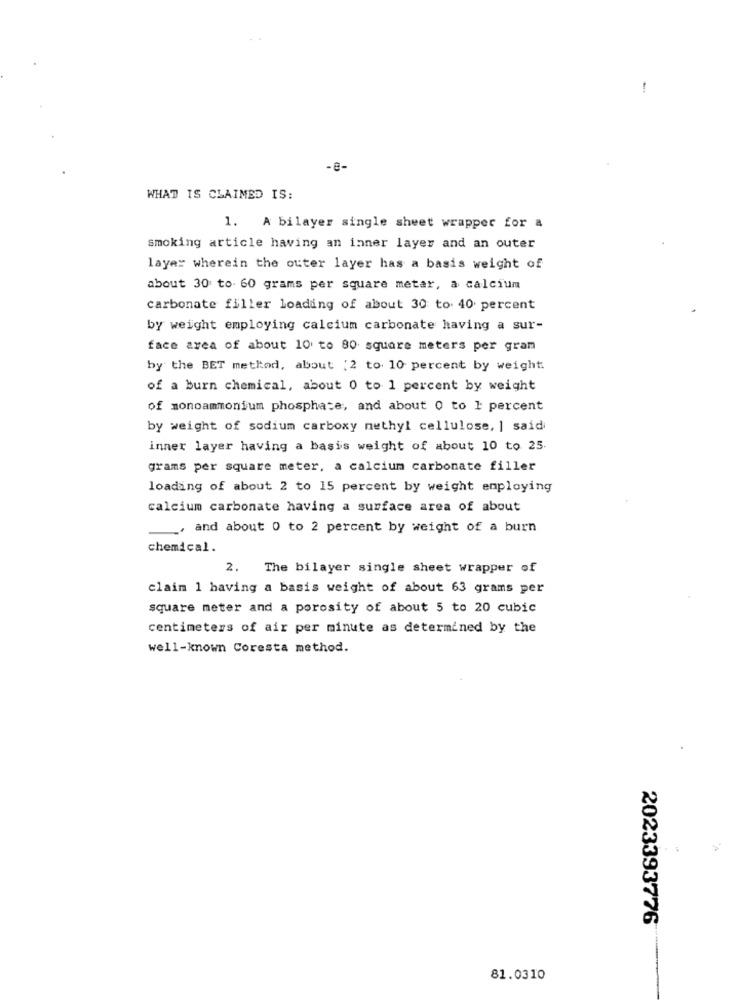
-
- 8-
WHAT IS CLAIMED IS:
1. A bilayer single sheet wrapper for a
smoking article having an inner layer and an outer
layer wherein the outer layer has a basis weight of
about 30 to. 60 grams per square metar, a calcium
carbonate filler loading of about 30 to. 40 percent
by weight employing calcium carbonate having a sur-
face area of about 10 to 80 square meters per gram
by the BET method, about :2 to 10 percent by weight.
of a burn chemical, about 0 to 1 percent by weight
of monoammonium phosphate, and about 0 to 1 percent
by weight of sodium carboxy methyl cellulose, | said
inner layer having a basis weight of about 10 to 25.
grams per square meter, a calcium carbonate filler
loading of about 2 to 15 percent by weight employing
calcium carbonate having a surface area of about
, and about 0 to 2 percent by weight of a burn
chemical.
2. The bilayer single sheet wrapper of
claim 1 having a basis weight of about 63 grams per
square meter and a porosity of about 5 to 20 cubic
centimeters of air per minute as determined by the
well-known Coresta method.
2023393776
81.0310